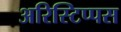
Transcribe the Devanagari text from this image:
अरिस्टिप्पस